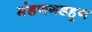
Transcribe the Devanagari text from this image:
मंडणगडहून